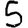
Digit: 5